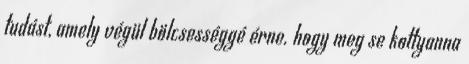
tudást, amely végül bölcsességgé érne. hogy meg se kottyanna